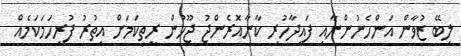
ލިބޭ ޒުވާން އަންހެނުންނާއި ފައިދާހުރި ކާނާއޮރެންޖު ޖޫހުން ރީތިކަމަށް އިތުރު ފުރިހަމަކަމެއް